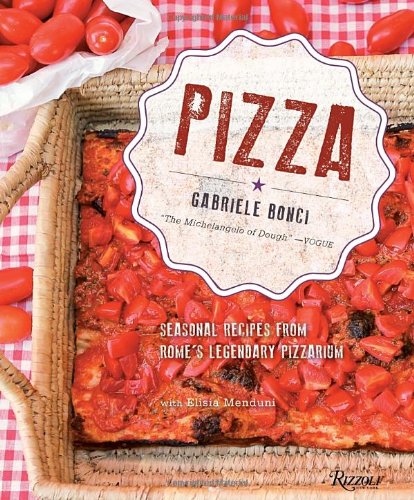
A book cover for Pizza: Seasonal Recipes from Rome's Legendary Pizzarium; Gabriele Bonci; Cookbooks, Food & Wine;